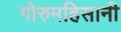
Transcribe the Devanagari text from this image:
गोरुमहिसानी